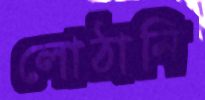
লোঠানি